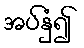
အပ်နှံ၍